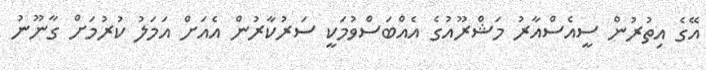
އޭގެ އިތުރުން ސީއެސްއާރު މަޝްރޫއުގެ އެއްބަސްވުމަކީ ސަރުކާރުން އެއަށް އަމަލު ކުރުމަށް ގާނޫނު